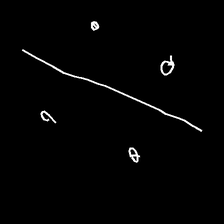
Glyph: cool